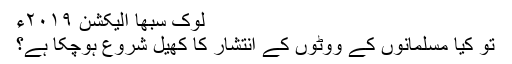
لوک سبھا الیکشن ۲۰۱۹ء
تو کیا مسلمانوں کے ووٹوں کے انتشار کا کھیل شروع ہوچکا ہے؟